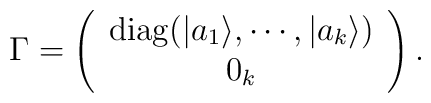
\Gamma=\left(\begin{array}{c}\mathrm{diag}(|a_1\rangle,\cdots,|a_k\rangle) \\ 0_k\end{array}\right).